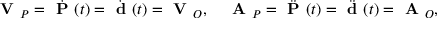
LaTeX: { \textbf { V } } _ { P } = { \dot { \textbf { P } } } ( t ) = { \dot { \textbf { d } } } ( t ) = { \textbf { V } } _ { O } , \quad { \textbf { A } } _ { P } = { \ddot { \textbf { P } } } ( t ) = { \ddot { \textbf { d } } } ( t ) = { \textbf { A } } _ { O } ,